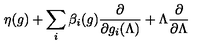
\eta ( g ) + \sum _ { i } \beta _ { i } ( g ) \frac { \partial } { \partial g _ { i } ( \Lambda ) } + \Lambda \frac { \partial } { \partial \Lambda }